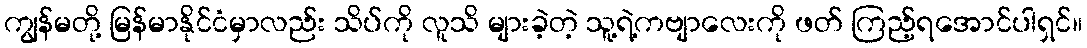
ကျွန်မတို့ မြန်မာနိုင်ငံမှာလည်း သိပ်ကို လူသိ များခဲ့တဲ့ သူ့ရဲ့ကဗျာလေးကို ဖတ် ကြည့်ရအောင်ပါရှင်။